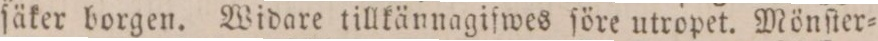
ſäker borgen. Widare tillkännagifwes ſöre utropet. Mönſter=